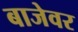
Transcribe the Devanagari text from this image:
बाजेवर